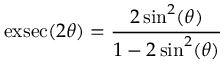
\operatorname { e x s e c } ( 2 \theta ) = { \frac { 2 \sin ^ { 2 } ( \theta ) } { 1 - 2 \sin ^ { 2 } ( \theta ) } }